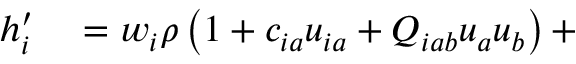
\begin{array} { r l } { h _ { i } ^ { \prime } } & { { } = w _ { i } \rho \left( 1 + c _ { i a } u _ { i a } + Q _ { i a b } u _ { a } u _ { b } \right) + } \end{array}